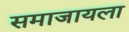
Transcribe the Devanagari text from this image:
समाजायला